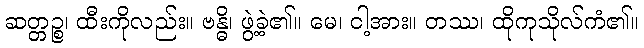
ဆတ္တဉ္စ၊ ထီးကိုလည်း။ ဗန္ဓိ၊ ဖွဲ့ခဲ့၏။ မေ၊ ငါ့အား။ တဿ၊ ထိုကုသိုလ်ကံ၏။